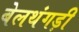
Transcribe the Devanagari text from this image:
बेलथंगड़ी